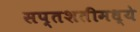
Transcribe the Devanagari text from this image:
सप्तशतीमध्ये